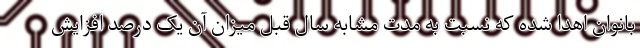
بانوان اهدا شده که نسبت به مدت مشابه سال قبل میزان آن یک درصد افزایش